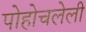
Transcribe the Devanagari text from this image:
पोहोचलेली